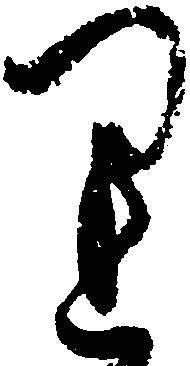
り